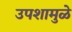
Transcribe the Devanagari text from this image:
उपशामुळे